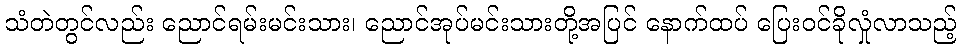
သံတဲတွင်လည်း ညောင်ရမ်းမင်းသား၊ ညောင်အုပ်မင်းသားတို့အပြင် နောက်ထပ် ပြေးဝင်ခိုလှုံလာသည့်